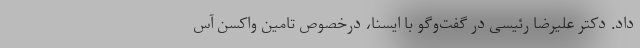
داد. دکتر علیرضا رئیسی در گفت‌وگو با ایسنا، درخصوص تامین واکسن آس